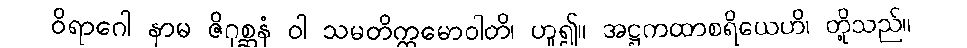
ဝိရာဂေါ နာမ ဇိဂုစ္ဆနံ ဝါ သမတိက္ကမောဝါတိ၊ ဟူ၍။ အဋ္ဌကထာစရိယေဟိ၊ တို့သည်။